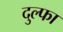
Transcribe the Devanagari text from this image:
दुल्‍फा